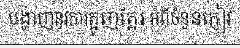
បង្ហាញនូវការត្អូញត្អែរ អំពីចំនួនភ្ញៀវ